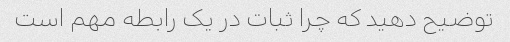
توضیح دهید که چرا ثبات در یک رابطه مهم است